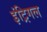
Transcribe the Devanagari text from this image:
इंट्रिगल